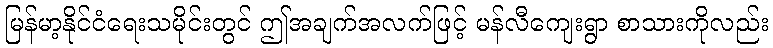
မြန်မာ့နိုင်ငံရေးသမိုင်းတွင် ဤအချက်အလက်ဖြင့် မန်လီကျေးရွာ စာသားကိုလည်း